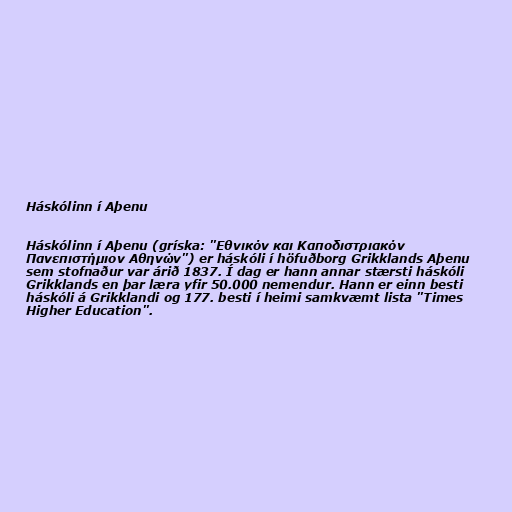
Háskólinn í Aþenu

Háskólinn í Aþenu (gríska: "Εθνικόν και Καποδιστριακόν
Πανεπιστήμιον Αθηνών") er háskóli í höfuðborg Grikklands Aþenu
sem stofnaður var árið 1837. Í dag er hann annar stærsti háskóli
Grikklands en þar læra yfir 50.000 nemendur. Hann er einn besti
háskóli á Grikklandi og 177. besti í heimi samkvæmt lista "Times
Higher Education".